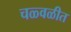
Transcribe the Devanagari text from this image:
चळ्वळीत